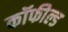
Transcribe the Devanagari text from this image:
कॉफील्ड